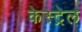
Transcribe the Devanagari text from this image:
केस्ट्रेल